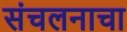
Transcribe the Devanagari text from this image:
संचलनाचा